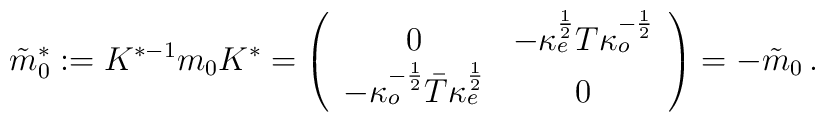
\tilde{m}_{0}^{\ast }:=K^{\ast -1}m_{0}K^{\ast }=\left( \begin{array}{cc}0 & -\kappa _{e}^{\frac{1}{2}}T\kappa _{o}^{-{\frac{1}{2}}} \\ -\kappa _{o}^{-{\frac{1}{2}}}\bar{T}\kappa _{e}^{\frac{1}{2}} & 0\end{array}\right) =-\tilde{m}_{0}\,.